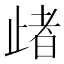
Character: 𣦈